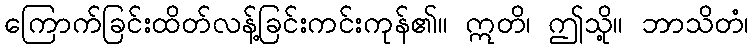
ကြောက်ခြင်းထိတ်လန့်ခြင်းကင်းကုန်၏။ ဣတိ၊ ဤသို့။ ဘာသိတံ၊